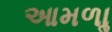
આમળાૢ